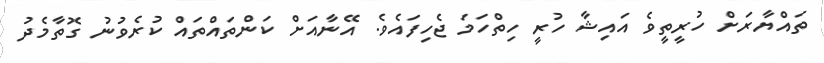
ތައްޔާރަށް ހުރީތީވެ އައިޝާ ހުރީ ހިތްހަމަ ޖެހިފައެވެ. އޭނާއަށް ކަންތައްތައް ކުރެވުނު ގޮތާމެދު